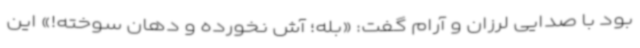
بود با صدایی لرزان و آرام گفت: «بله؛ آش نخورده و دهان سوخته!» این